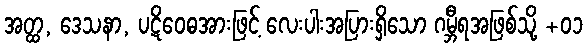
အတ္ထ, ဒေသနာ, ပဋိဝေဓအားဖြင့် လေးပါးအပြားရှိသော ဂမ္ဘီရအဖြစ်သို့ +၀၁